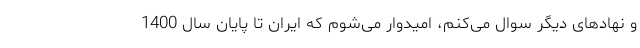
و نهادهای دیگر سوال می‌کنم، امیدوار می‌شوم که ایران تا پایان سال 1400